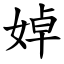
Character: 婥